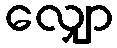
လျှော